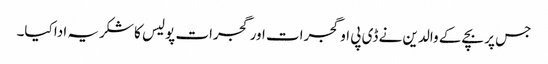
جس پر بچے کے والدین نے ڈی پی او گجرات اور گجرات پولیس کا شکریہ ادا کیا۔